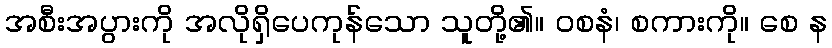
အစီးအပွားကို အလိုရှိပေကုန်သော သူတို့၏။ ဝစနံ၊ စကားကို။ စေ န